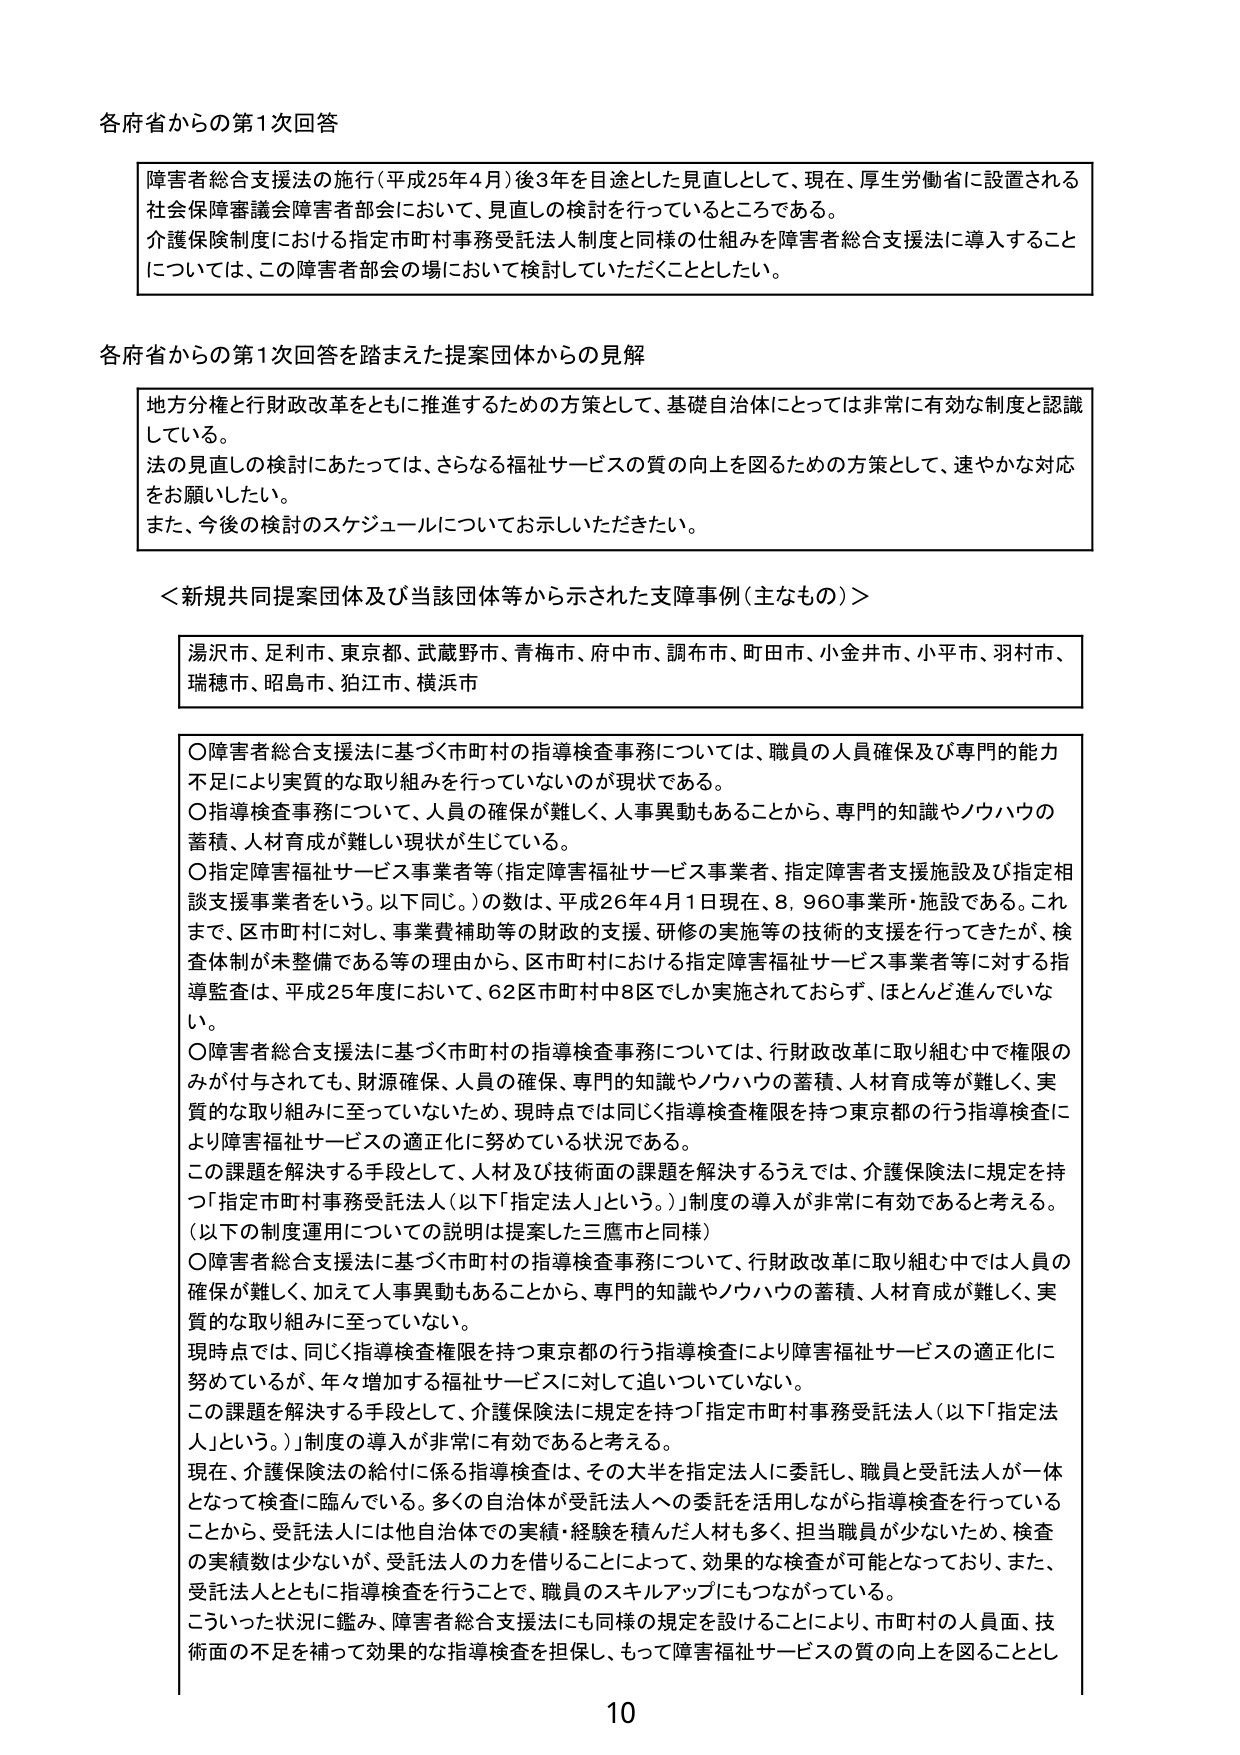
各府省からの第1次回答

障害者総合支援法の施行（平成25年4月）後3年を目途とした見直しとして、現在、厚生労働省に設置される社会保険審議会障害者部会において、見直しの検討を行っているところである。
介護保険制度における指定市町村事務受託法人制度と同様の仕組みを障害者総合支援法に導入することについては、この障害者部会の場において検討していただくこととしたい。

各府省からの第1次回答を踏まえた提案団体からの見解

地方分権と行財政改革をともに推進するための方策として、基礎自治体にとっては非常に有効な制度と認識している。
法の見直しの検討にあたっては、さらなる福祉サービスの質の向上を図るための方策として、速やかな対応をお願いしたい。
また、今後の検討のスケジュールについてお示しいただきたい。

＜新規共同提案団体及び当該団体等から示された支障事例（主なもの）＞

湯沢市、足利市、東京都、武蔵野市、青梅市、府中市、調布市、町田市、小金井市、小平市、羽村市、瑞穂市、昭島市、狛江市、横浜市

○障害者総合支援法に基づく市町村の指導検査事務については、職員の人員確保及び専門的能力不足により実質的な取り組みを行っていないのが現状である。
○指導検査事務について、人員の確保が難しく、人事異動もあることから、専門的知識やノウハウの蓄積、人材育成が難しい現状が生じている。
○指定障害福祉サービス事業者等（指定障害福祉サービス事業者、指定障害者支援施設及び指定相談支援事業者をいう。以下同じ。）の数は、平成26年4月1日現在、8,960事業所・施設である。これまで、区市町村に対し、事業費補助等の財政的支援、研修の実施等の技術的支援を行ってきたが、検査体制が未整備である等の理由から、区市町村における指定障害福祉サービス事業者等に対する指導監査は、平成25年度において、62区市町村中8区でしか実施されておらず、ほとんど進んでいない。
○障害者総合支援法に基づく市町村の指導検査事務については、行財政改革に取り組む中で権限のみが付与されても、財源確保、人員の確保、専門的知識やノウハウの蓄積、人材育成等が難しく、実質的な取り組みに至っていないため、現時点では同じく指導検査権限を持つ東京都の行う指導検査により障害福祉サービスの適正化に努めている状況である。
この課題を解決する手段として、人材及び技術面の課題を解決するうえでは、介護保険法に規定を持つ「指定市町村事務受託法人（以下「指定法人」という。）」制度の導入が非常に有効であると考える。
（以下の制度運用についての説明は提案した三鷹市と同様）
○障害者総合支援法に基づく市町村の指導検査事務について、行財政改革に取り組む中では人員の確保が難しく、加えて人事異動もあることから、専門的知識やノウハウの蓄積、人材育成が難しく、実質的な取り組みに至っていない。
現時点では、同じく指導検査権限を持つ東京都の行う指導検査により障害福祉サービスの適正化に努めているが、年々増加する福祉サービスに対して追いついていない。
この課題を解決する手段として、介護保険法に規定を持つ「指定市町村事務受託法人（以下「指定法人」という。）」制度の導入が非常に有効であると考える。
現在、介護保険法の給付に係る指導検査は、その大半を指定法人に委託し、職員と受託法人が一体となって検査に臨んでいる。多くの自治体が受託法人への委託を活用しながら指導検査を行っていることから、受託法人には他自治体での実績・経験を積んだ人材も多く、担当職員が少ないため、検査の実績数は少ないが、受託法人の力を借りることによって、効果的な検査が可能となっており、また、受託法人とともに指導検査を行うことで、職員のスキルアップにもつながっている。
こういった状況に鑑み、障害者総合支援法にも同様の規定を設けることにより、市町村の人員面、技術面の不足を補って効果的な指導検査を担保し、もって障害福祉サービスの質の向上を図ることとし

10